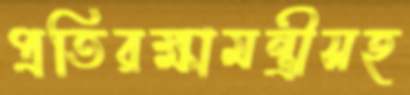
প্রতিরক্ষামন্ত্রীসহ